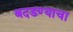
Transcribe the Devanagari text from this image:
बदडण्याचा